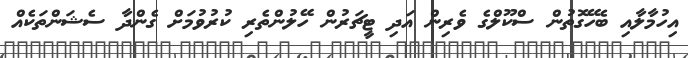
އިހުމާލާއި ބެހޭގޮތުން ސްކޫލްގެ ވެރިން އަދި ޓީޗަރުން ހޭލުންތެރި ކުރުވުމަށް ގެންދާ ސެޝަންތަކެއް